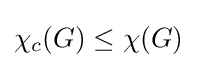
\chi _{c}(G)\leq \chi (G)